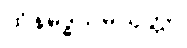
ထိနမိဒ္ဓသမ္ပယုတ္တာ